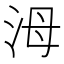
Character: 𣳠